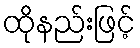
ထိုနည်းဖြင့်